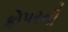
કોપરની